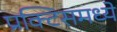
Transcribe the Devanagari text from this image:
प्रक्टिसमध्ये